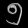
Digit: ၅